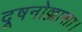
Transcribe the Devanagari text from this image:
दूषनोल्लासा।